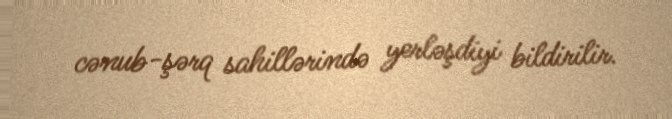
cənub-şərq sahillərində yerləşdiyi bildirilir.